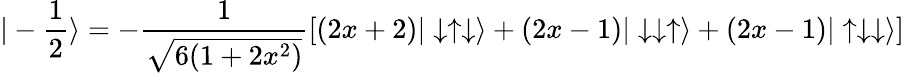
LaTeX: |-\frac{1}{2}\rangle=-\frac{1}{\sqrt{6(1+2x^{2})}}[(2x+2)|\downarrow\uparrow\downarrow\rangle+(2x-1)|\downarrow\downarrow\uparrow\rangle+(2x-1)|\uparrow\downarrow\downarrow\rangle]